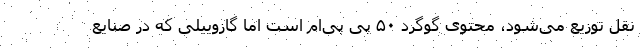
نقل توزیع می‌شود، محتوی گوگرد ۵۰ پی پی‌ام است اما گازوییلی که در صنایع